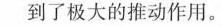
到了极大的推动作用。